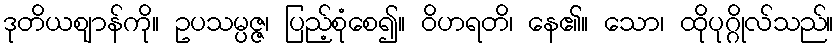
ဒုတိယဈာန်ကို။ ဥပသမ္ပဇ္ဇ၊ ပြည့်စုံစေ၍။ ဝိဟရတိ၊ နေ၏။ သော၊ ထိုပုဂ္ဂိုလ်သည်။